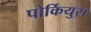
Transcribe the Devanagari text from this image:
पोर्कियुस